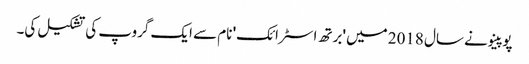
پوپینو نے سال 2018 میں 'برتھ اسٹرائک' نام سے ایک گروپ کی تشکیل کی۔